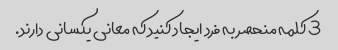
3 کلمه منحصر به فرد ایجاد کنید که معانی یکسانی دارند.